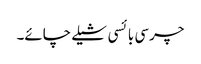
چرسی بائسی شیلے چائے۔